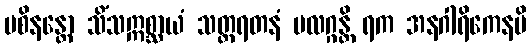
ပစိနန္တော သိံသဣစ္ဆာယံ သတ္တရတနံ ဗလဂ္ဂန္တိ ရက အနဂါရိကေနပိ